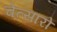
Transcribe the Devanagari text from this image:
चेत्सारो